Regulations for the medical services of the Army of India
Year: 1930
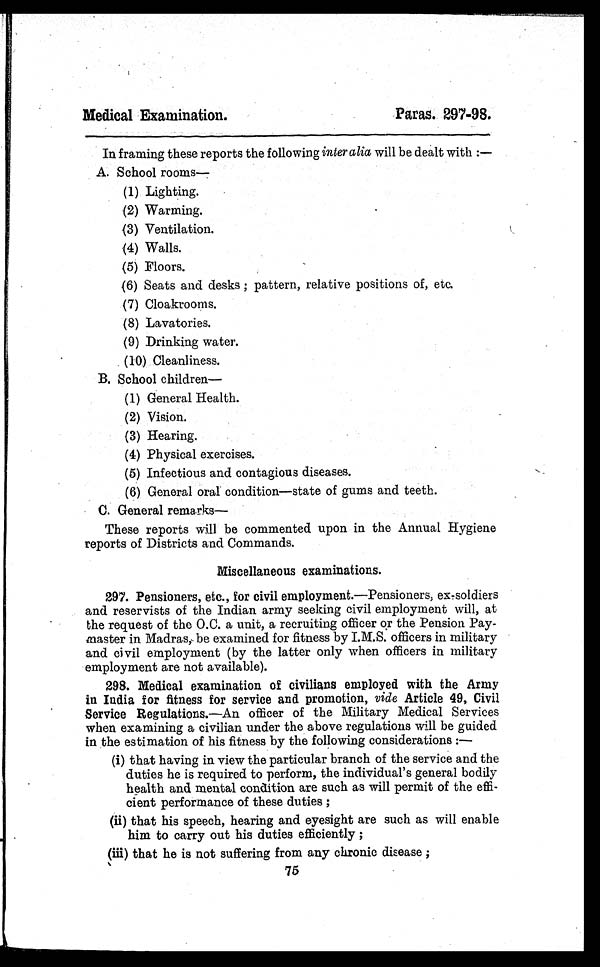
Medical Examination.
Paras. 297-98.
In framing these reports the following inter alia will be dealt with :
—
A. School rooms—
(1) Lighting.
(2) Warming.
(3) Ventilation.
(4) Walls.
(5) Floors.
(6) Seats and desks ; pattern, relative positions of, etc.
(7) Cloakrooms.
(8) Lavatories.
(9) Drinking water.
(10) Cleanliness.
B. School children—
(1) General Health.
(2) Vision.
(3) Hearing.
(4) Physical exercises.
(5) Infectious and contagious diseases.
(6) General oral condition—state of gums and teeth.
C. General remarks—
These reports will be commented upon in the Annual Hygiene
reports of Districts and Commands.
Miscellaneous examinations.
297. Pensioners, etc., for civil employment.—Pensioners, ex-soldiers
and reservists of the Indian army seeking civil employment will, at
the request of the O.C. a unit, a recruiting officer or the Pension Pay-
master in Madras, be examined for fitness by I.M.S. officers in military
and civil employment (by the latter only when officers in military
employment are not available).
298. Medical examination of civilians employed with the Army
in India for fitness for service and promotion, vide Article 49, Civil
Service Regulations. —An officer of the Military Medical Services
when examining a civilian under the above regulations will be guided
in the estimation of his fitness by the following considerations :—
(i) that having in view the particular branch of the service and the
duties he is required to perform, the individual's general bodily
health and mental condition are such as will permit of the effi-
cient performance of these duties ;
(ii) that his speech, hearing and eyesight are such as will enable
him to carry out his duties efficiently ;
(iii) that he is not suffering from any chronic disease ;
75